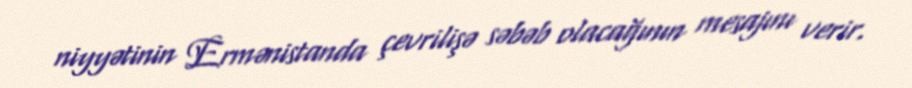
niyyətinin Ermənistanda çevrilişə səbəb olacağının mesajını verir.